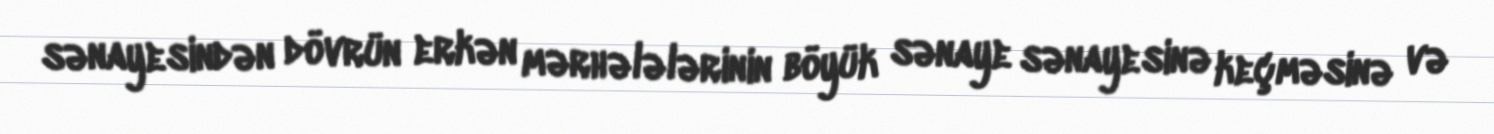
sənayesindən dövrün erkən mərhələlərinin böyük sənaye sənayesinə keçməsinə və